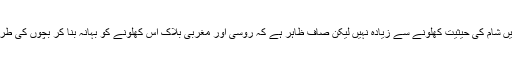
اس سارے کھیل میں شام کی حیثیت کھلونے سے زیادہ نہیں لیکن صاف ظاہر ہے کہ روسی اور مغربی بلاک اس کھلونے کو بہانہ بنا کر بچوں کی طرح لڑنا چاہتے ہیں۔